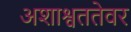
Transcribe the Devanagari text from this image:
अशाश्वततेवर